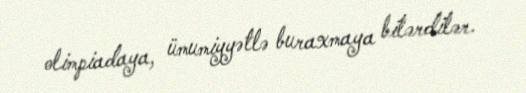
olimpiadaya, ümumiyyətlə buraxmaya bilərdilər.